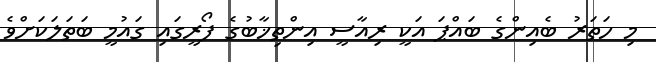
މި ހަތަރު ބެއިންގެ ބައްޕަ އަކީ ރިއާސީ އިންތިޚާބުގެ ފޯރީގައި ގައުމީ ބަތަލަކަށްވެ